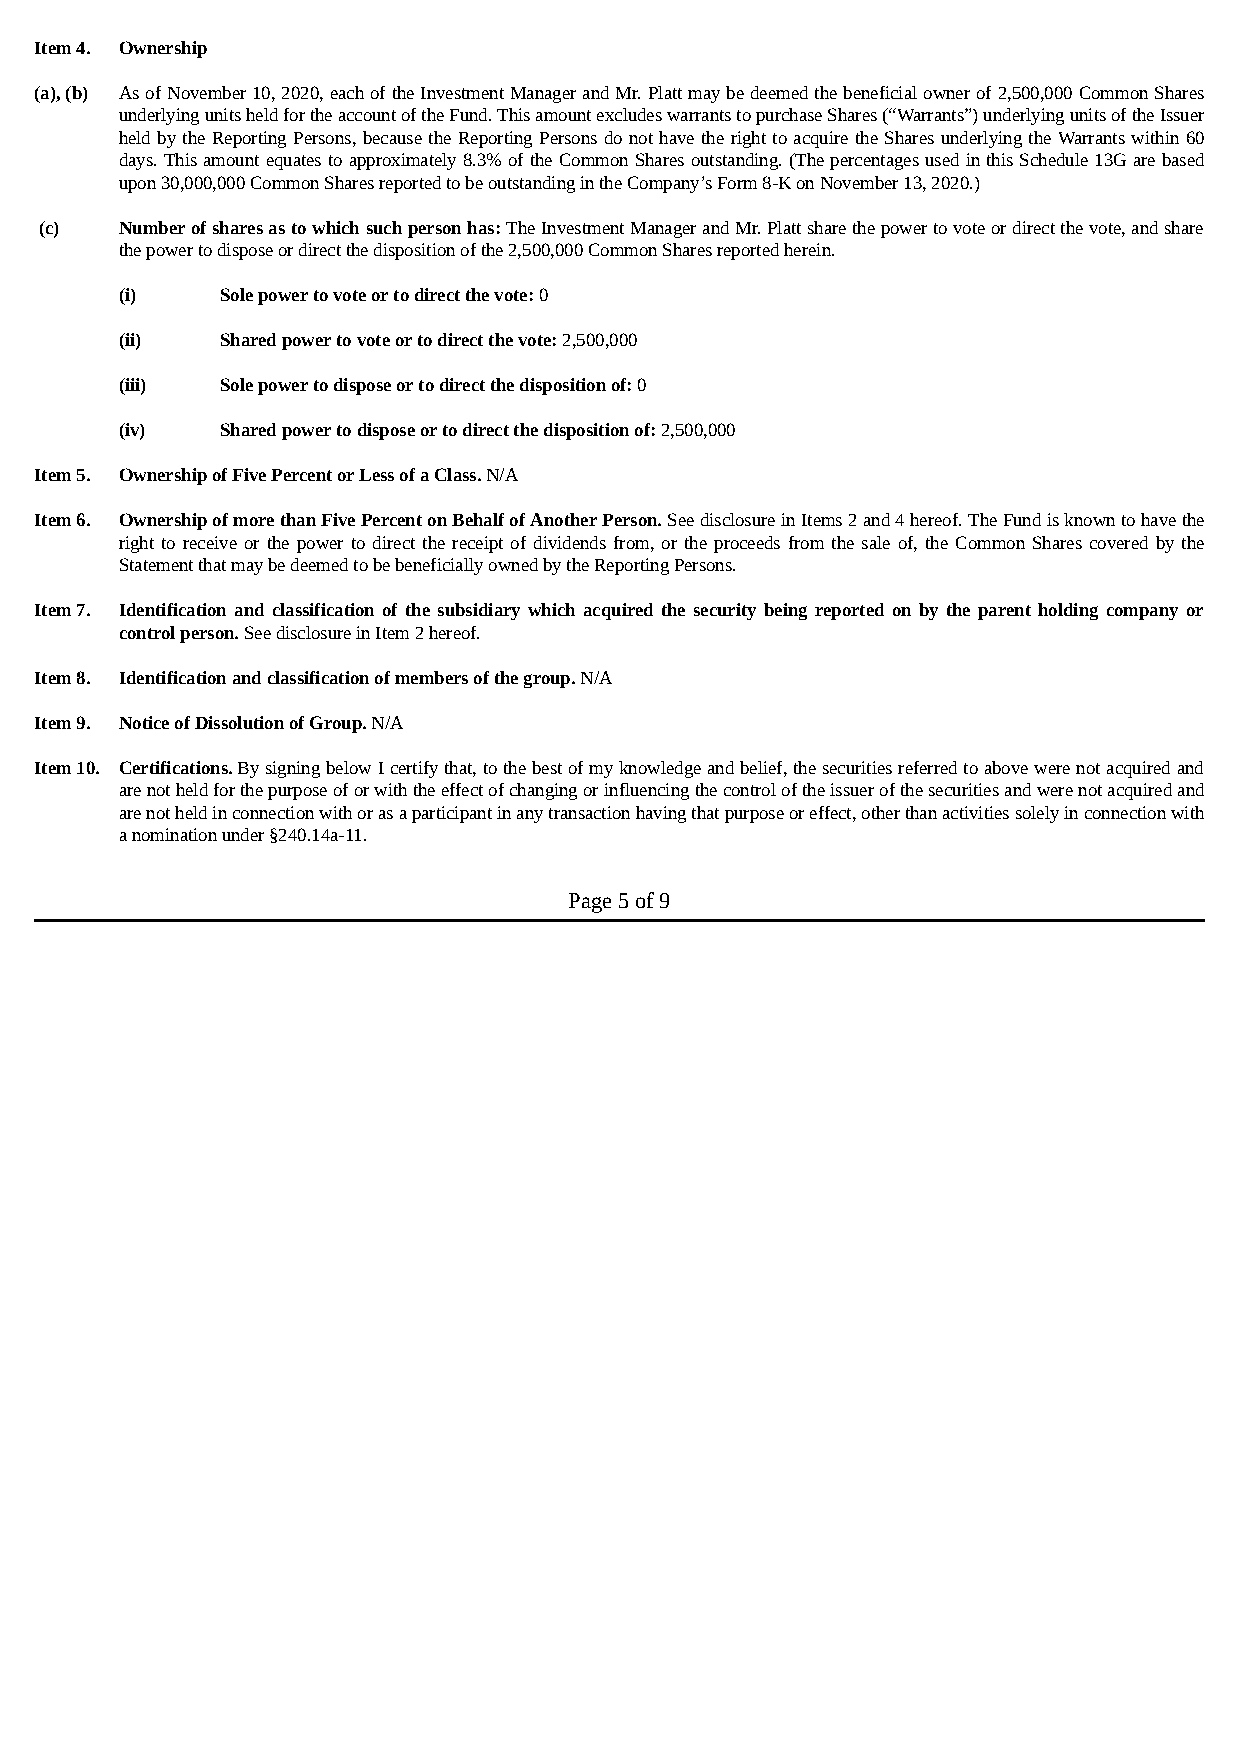
Item 4. Ownership
 (a), (b) As of November 10, 2020, each of the Investment Manager and Mr. Platt may be deemed the beneficial owner of 2,500,000 Common Shares
 underlying units held for the account of the Fund. This amount excludes warrants to purchase Shares (“Warrants”) underlying units of the Issuer
 held by the Reporting Persons, because the Reporting Persons do not have the right to acquire the Shares underlying the Warrants within 60
 days. This amount equates to approximately 8.3% of the Common Shares outstanding. (The percentages used in this Schedule 13G are based
 upon 30,000,000 Common Shares reported to be outstanding in the Company’s Form 8-K on November 13, 2020.)
 (c)  Number of shares as to which such person has: The Investment Manager and Mr. Platt share the power to vote or direct the vote, and share
 the power to dispose or direct the disposition of the 2,500,000 Common Shares reported herein.
 (i)    Sole power to vote or to direct the vote: 0
 (ii)   Shared power to vote or to direct the vote: 2,500,000
 (iii)  Sole power to dispose or to direct the disposition of: 0
 (iv)   Shared power to dispose or to direct the disposition of: 2,500,000
 Item 5. Ownership of Five Percent or Less of a Class. N/A
 Item 6. Ownership of more than Five Percent on Behalf of Another Person. See disclosure in Items 2 and 4 hereof. The Fund is known to have the
 right to receive or the power to direct the receipt of dividends from, or the proceeds from the sale of, the Common Shares covered by the
 Statement that may be deemed to be beneficially owned by the Reporting Persons.
 Item 7. Identification and classification of the subsidiary which acquired the security being reported on by the parent holding company or
 control person. See disclosure in Item 2 hereof.
 Item 8. Identification and classification of members of the group. N/A
 Item 9. Notice of Dissolution of Group. N/A
 Item 10. Certifications. By signing below I certify that, to the best of my knowledge and belief, the securities referred to above were not acquired and
 are not held for the purpose of or with the effect of changing or influencing the control of the issuer of the securities and were not acquired and
 are not held in connection with or as a participant in any transaction having that purpose or effect, other than activities solely in connection with
 a nomination under §240.14a-11.
 Page 5 of 9